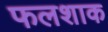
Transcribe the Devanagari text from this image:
फलशाक